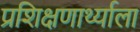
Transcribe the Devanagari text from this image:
प्रशिक्षणार्थ्याला